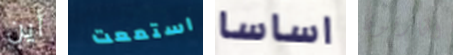
أين استمعت اساسا الخارقون